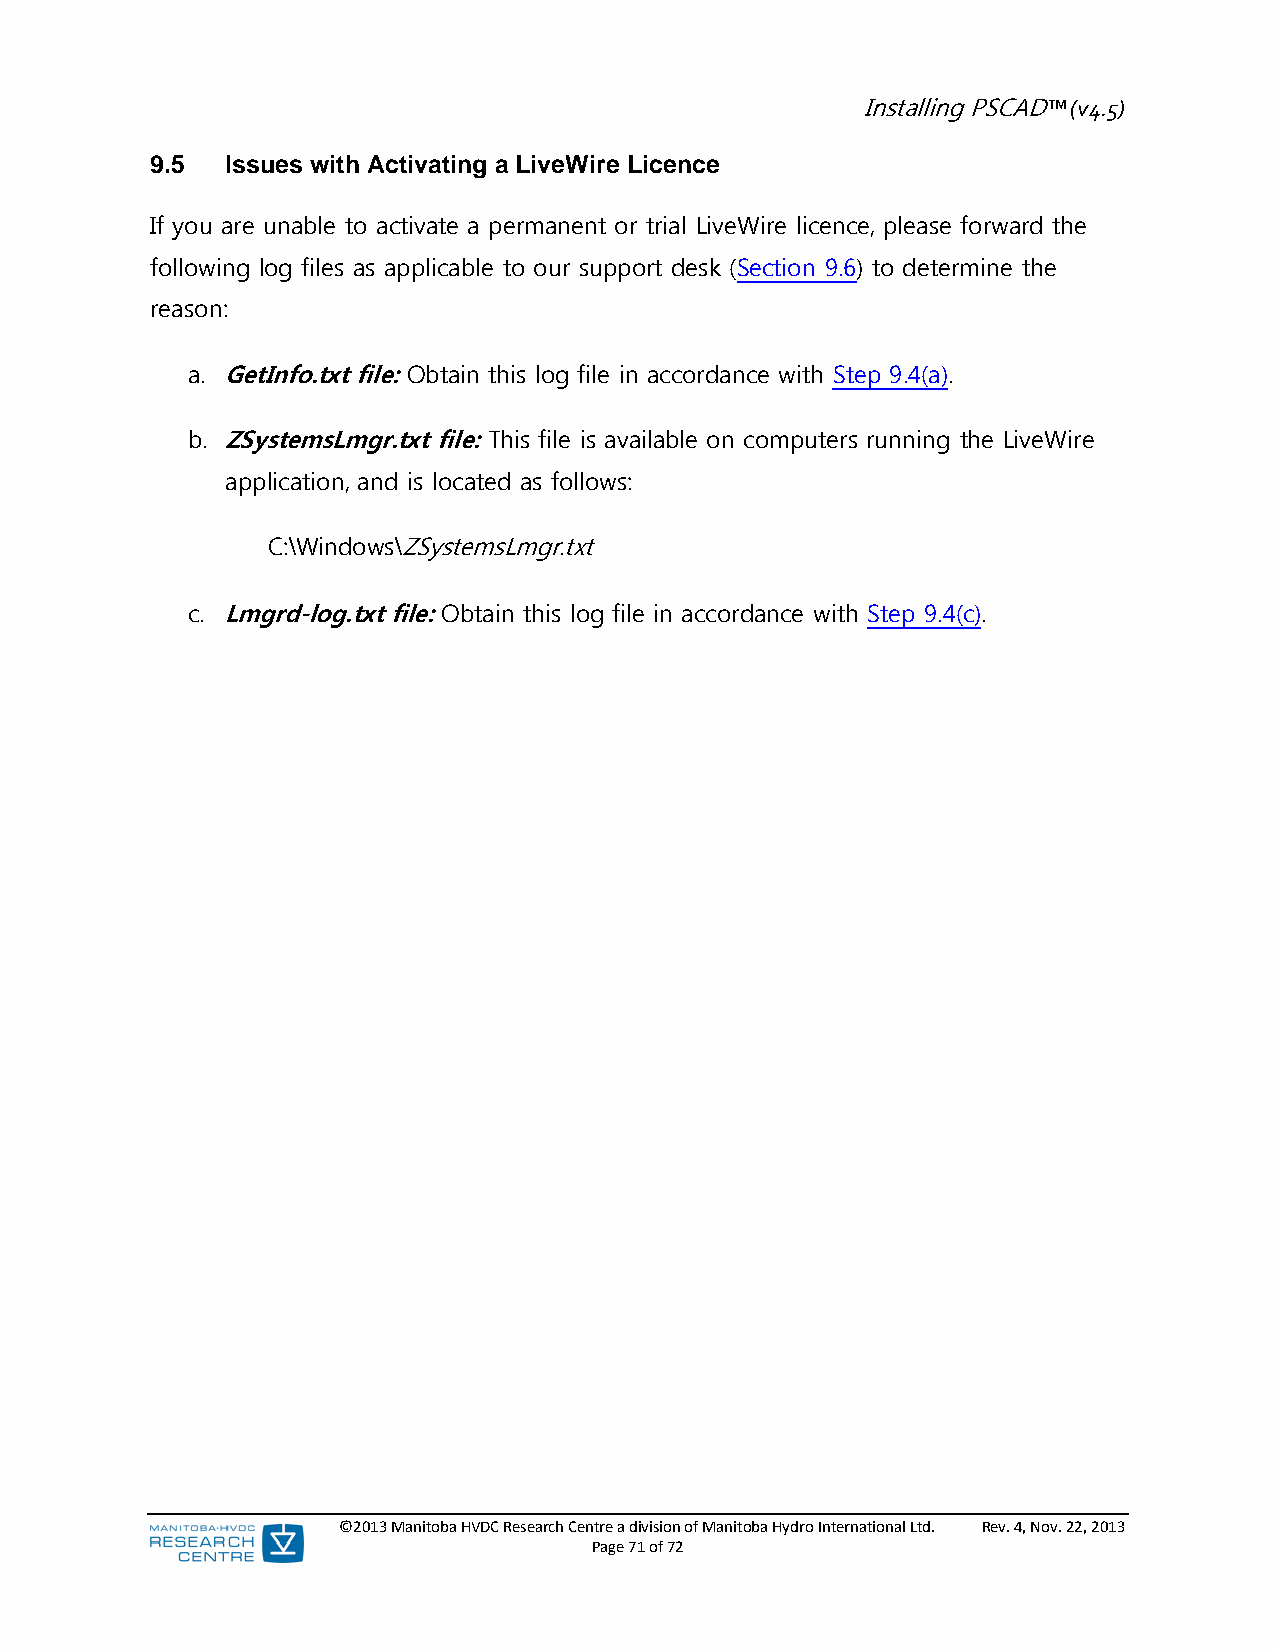
Installing PSCAD™ (v4.5)
 9.5  Issues with Activating a LiveWire Licence
 If you are unable to activate a permanent or trial LiveWire licence, please forward the
 following log files as applicable to our support desk (Section 9.6) to determine the
 reason:
 a. GetInfo.txt file: Obtain this log file in accordance with Step 9.4(a).
 b. ZSystemsLmgr.txt file: This file is available on computers running the LiveWire
 application, and is located as follows:
 C:\Windows\ZSystemsLmgr.txt
 c. Lmgrd-log.txt file: Obtain this log file in accordance with Step 9.4(c).
 ©2013 Manitoba HVDC Research Centre a division of Manitoba Hydro International Ltd. Rev. 4, Nov. 22, 2013
 Page 71 of 72